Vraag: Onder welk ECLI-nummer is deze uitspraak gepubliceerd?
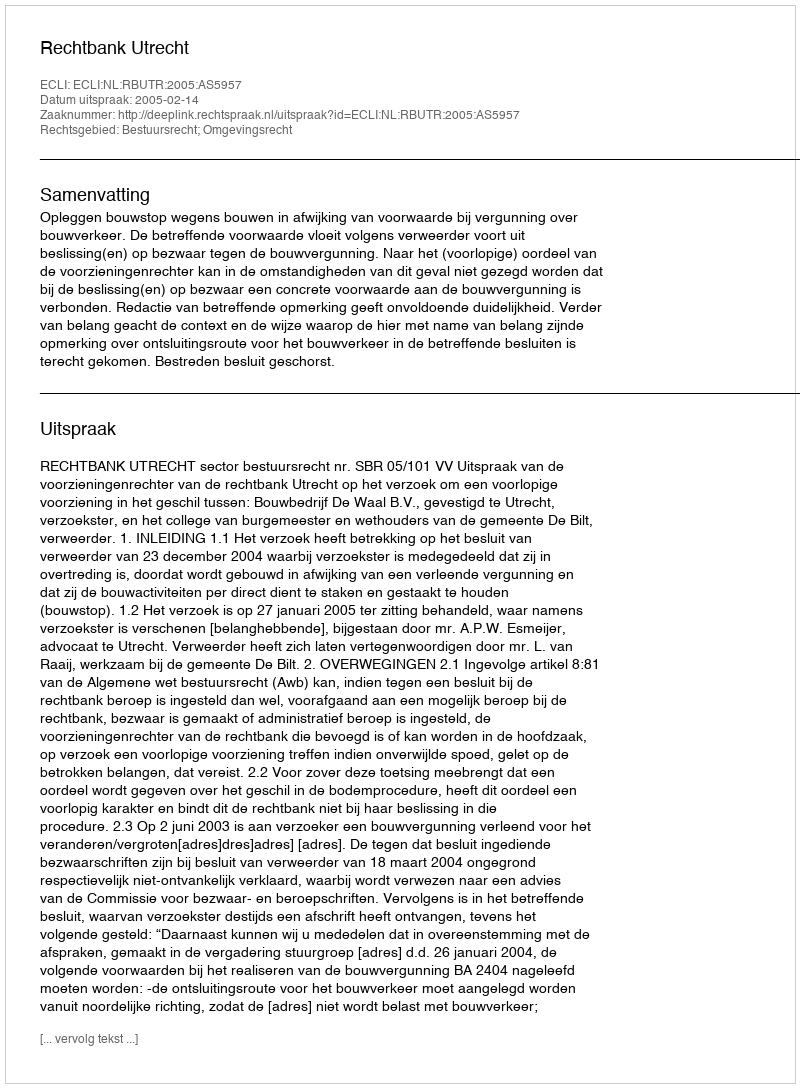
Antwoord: ECLI:NL:RBUTR:2005:AS5957